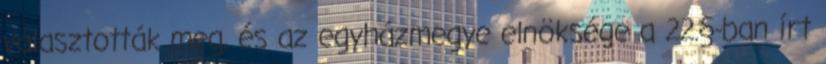
választották meg, és az egyházmegye elnöksége a 22.§-ban írt